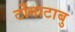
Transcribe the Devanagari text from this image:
टोंगाटाबु